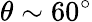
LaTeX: \theta\sim 60^{\circ}